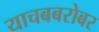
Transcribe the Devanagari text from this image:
याचबबरोबर